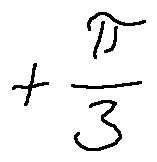
+ \frac { \pi } { 3 }